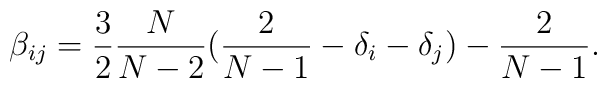
\beta_{ij} = \frac{3}{2} \frac {N}{N-2} (\frac{2}{N-1}  -\delta_{i} -\delta_{j}) - \frac{2}{N-1}.